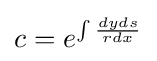
c=e^{\int {\frac {dyds}{rdx}}}